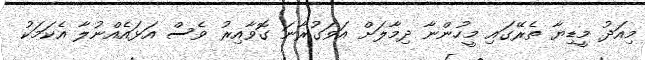
މިއަދު މީޑިޔާ ތެރޭގައި މީހުންނާ ދިމާލަށް އަވަގުރާނަ ގޮވާއިރު ވެސް އަޅައެއްނުލާ އެކަމަކު